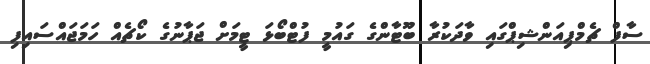
ސާފް ޗެމްޕިއަންޝިޕްގައި ވާދަކުރާ ބޫޓާންގެ ގައުމީ ފުޓްބޯޅަ ޓީމަށް ޖަޕާނުގެ ކޯޗެއް ހަމަޖައްސައިފި